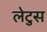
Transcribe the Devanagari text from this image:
लेटुस